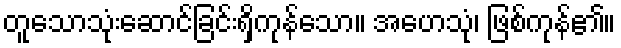
တူသောသုံးဆောင်ခြင်းရှိကုန်သော။ အဟေသုံ၊ ဖြစ်ကုန်၏။